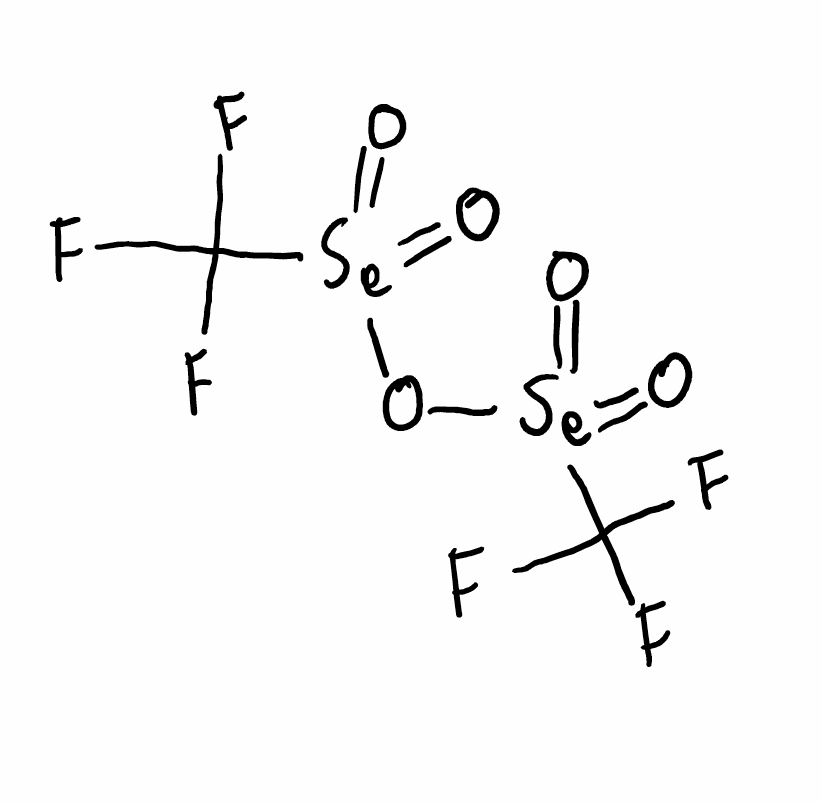
Simplified molecular-input line-entry system (SMILES) notation of the given molecule:
C(F)(F)(F)[Se](=O)(=O)O[Se](=O)(=O)C(F)(F)F